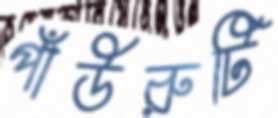
পাঁউরুটি